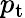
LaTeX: {p_{\mathrm{t}}}